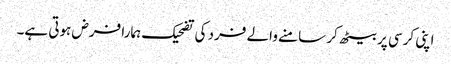
اپنی کرسی پر بیٹھ کر سامنے والے فرد کی تضحیک ہمارا فرض ہوتی ہے۔